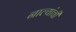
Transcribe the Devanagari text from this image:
नाल्यांची